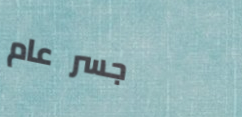
جسر عام